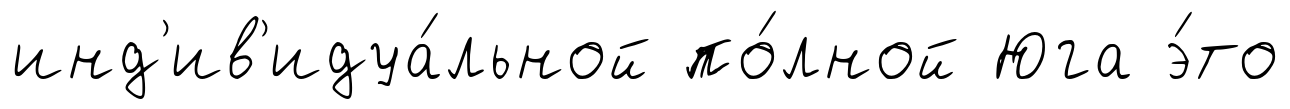
инд'ив'идуа́льной по́лной Юга э́то